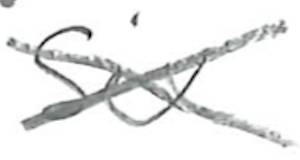
Text: Six
Cross-out: cross
Writing tool: pencil